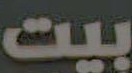
بيت